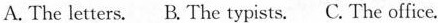
A. The letters. B. The typists. C. The office.